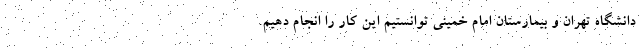
دانشگاه تهران و بیمارستان امام خمینی توانستیم این کار را انجام دهیم.